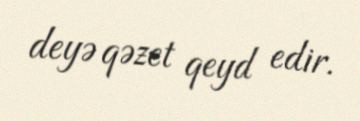
deyə qəzet qeyd edir.